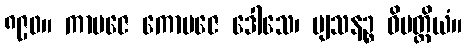
၈၉၀။ ကာမဇေ ကောပဇေ ဒေါသေ၊ ဗျသနဉ္စ ဝိပတ္တိယံ။